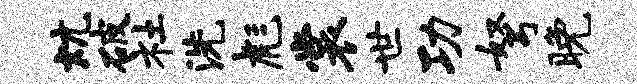
炕破社洗彪裳世功弩晚